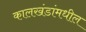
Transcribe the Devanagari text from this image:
कालखंडांमधील